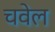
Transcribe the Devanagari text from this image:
चवेल